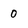
Character: 0